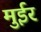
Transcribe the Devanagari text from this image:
मुईर